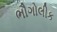
ભૌગોલીક